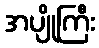
အပျိုကြီး